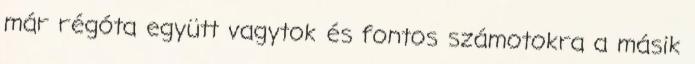
már régóta együtt vagytok és fontos számotokra a másik